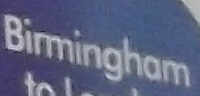
Birmingham